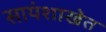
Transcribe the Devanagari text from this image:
सायंशाखेत